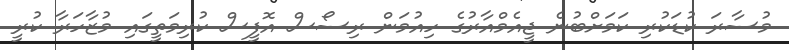
މުސާރަ ކުޑަކުރި ކަމަށްބުނެ ޖީއެމްއާރުގެ ހިއުމަން ރިސޯސް އޮފީސް ކުރިމަތީގައި މުޒާހަރާ ކުރީ